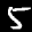
Label: 5